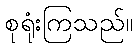
စုရုံးကြသည်။